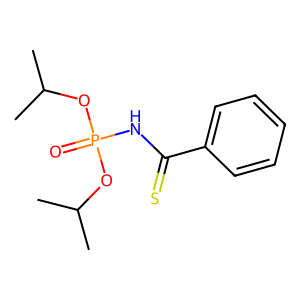
SMILES: CC(C)OP(=O)(NC(=S)c1ccccc1)OC(C)C
Inhibits HIV replication: No